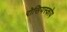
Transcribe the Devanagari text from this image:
रोसियस्कोय